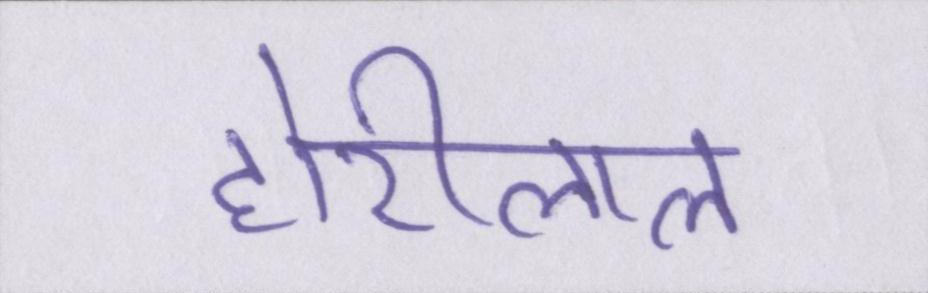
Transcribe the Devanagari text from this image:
होरीलाल